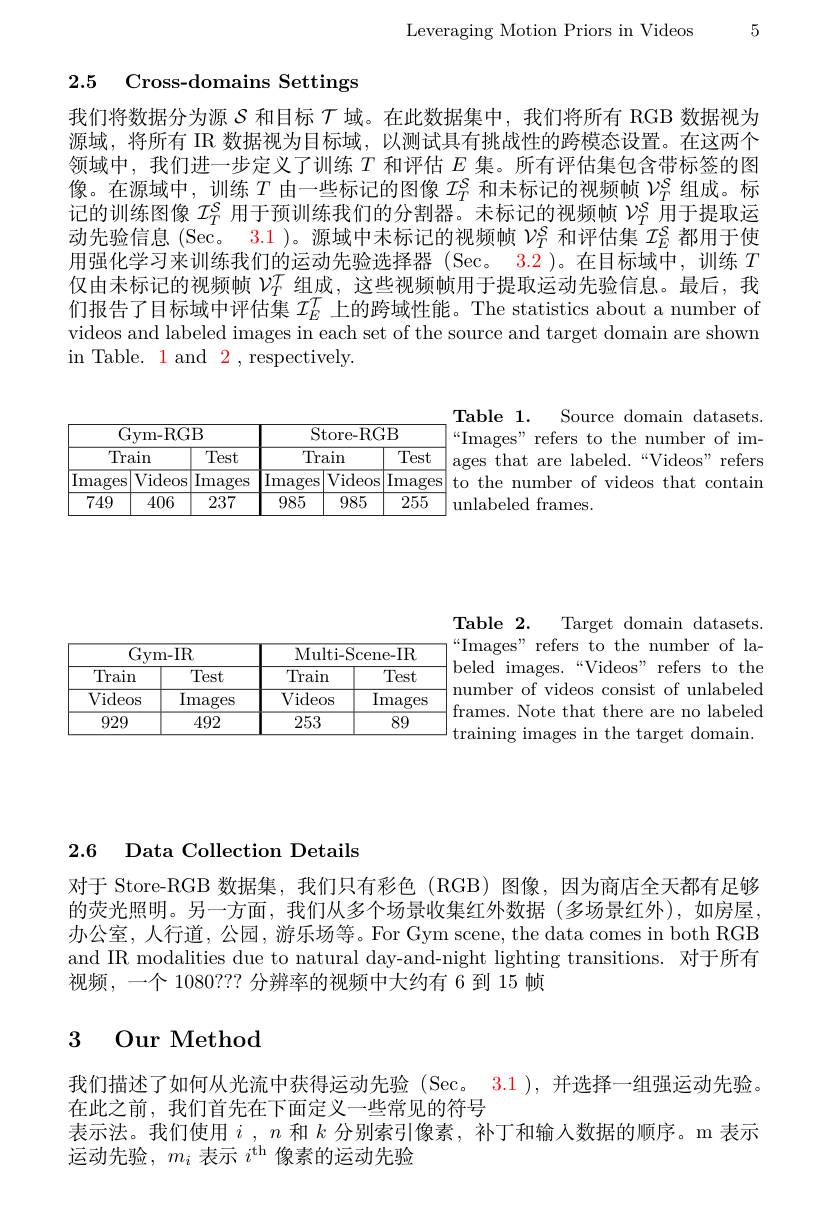
Leveraging Motion Priors in Videos 5

## 2.5 Cross-domains Settings

我们将数据分为源$\varsigma$和目标$\tau$域。在此数据集中，我们将所有 RGB 数据视为源域，将所有 IR 数据视为目标域，以测试具有挑战性的跨模态设置。在这两个领域中，我们进一步定义了训练$T$和评估$E$集。所有评估集包含带标签的图像。在源域中，训练$T$由一些标记的图像$\mathcal{I}_T^\mathrm{S}$和未标记的视频帧$\mathcal{V}_T^\mathrm{S}$组成。标记的训练图像$\mathcal{I}_T^S$用于预训练我们的分割器。未标记的视频帧$\mathcal{V}_T^\mathrm{s}$用于提取运动先验信息(Sec。3.1 )。源域中未标记的视频帧$\mathcal{V}_T^{s}$和评估集$\mathcal{I}_E^{s}$都用于使用强化学习来训练我们的运动先验选择器(Sec。3.2)。在目标域中，训练$T$ 仅由未标记的视频帧$\mathcal{V}_T^{\prime\prime}$组成，这些视频帧用于提取运动先验信息。最后，我们报告了目标域中评估集$I_E^T$上的跨域性能。The statistics about a number of videos and labeled images in each set of the source and target domain are shown in Table. 1 and 2 , respectively.

Table 1. Source domain datasets. “Images" refers to the number of images that are labeled.“Videos”refers to the number of videos that contain unlabeled frames.

<table>
	<tbody>
		<tr>
			<th colspan="3">Gym-RGB</th>
			<th colspan="3">Store-RGB</th>
		</tr>
		<tr>
			<th colspan="2">Train</th>
			<th rowspan="2">Test Images</th>
			<th colspan="2">Train</th>
			<th rowspan="2">Test Images</th>
		</tr>
		<tr>
			<th>mages</th>
			<th>$\operatorname{Videos}$</th>
			<th>$\operatorname{Images}$</th>
			<th>$\operatorname{Videos}$</th>
		</tr>
		<tr>
			<td>749</td>
			<td>406</td>
			<td>237</td>
			<td>985</td>
			<td>985</td>
			<td>255</td>
		</tr>
	</tbody>
</table>

<table>
	<tbody>
		<tr>
			<th colspan="2">Gym- IR</th>
			<th colspan="2">Multi- Scene- IR</th>
		</tr>
		<tr>
			<th>Train</th>
			<th>Test</th>
			<th>Train</th>
			<th>Test</th>
		</tr>
		<tr>
			<td>$\operatorname{Videos}$</td>
			<td>Images</td>
			<td>Videos</td>
			<td>Images</td>
		</tr>
		<tr>
			<td>929</td>
			<td>492</td>
			<td>253</td>
			<td>89</td>
		</tr>
	</tbody>
</table>

Table 2. Target domain datasets. “Images" refers to the number of la- ${\mathrm{beled~images.~“Videos"~refers~to~the}}$ number of videos consist of unlabeled frames. Note that there are no labeled training images in the target domain.

2.6 Data Collection Details

对于 Store-RGB 数据集，我们只有彩色 (RGB) 图像，因为商店全天都有足够的荧光照明。另一方面，我们从多个场景收集红外数据(多场景红外),如房屋， 办公室，人行道，公园，游乐场等。For Gym scene, the data comes in both RGB and IR modalities due to natural day-and-night lighting transitions. 对于所有视频，一个 1080??? 分辨率的视频中大约有 6 到 15 帧

# 3 Our Method

我们描述了如何从光流中获得运动先验(Sec。 3.1), 并选择一组强运动先验。
在此之前，我们首先在下面定义一些常见的符号
表示法。我们使用$i,n$和$k$分别索引像素，补丁和输人数据的顺序。m 表示
运动先验，$m_i$表示$i^\mathrm{th}$像素的运动先验